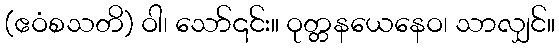
(ဧဝံစသတိ) ဝါ၊ သော်၎င်း။ ဝုတ္တနယေနေဝ၊ သာလျှင်။